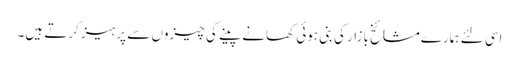
اسی لئے ہمارےمشائخ بازار کی بنی ہوئی کھانے پینے کی چیزوں سے پرہیز کرتے ہیں۔